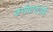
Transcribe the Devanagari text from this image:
कर्णधारांतर्फे